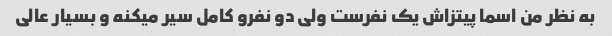
به نظر من اسما پیتزاش یک نفرست ولی دو نفرو کامل سیر میکنه و بسیار عالی